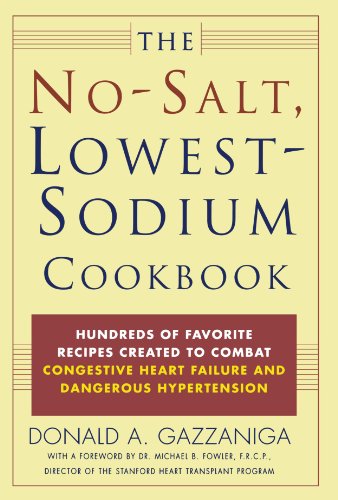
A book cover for The No-Salt, Lowest-Sodium Cookbook; Donald A. Gazzaniga; Cookbooks, Food & Wine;